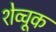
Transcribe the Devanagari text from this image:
शेव्चूक